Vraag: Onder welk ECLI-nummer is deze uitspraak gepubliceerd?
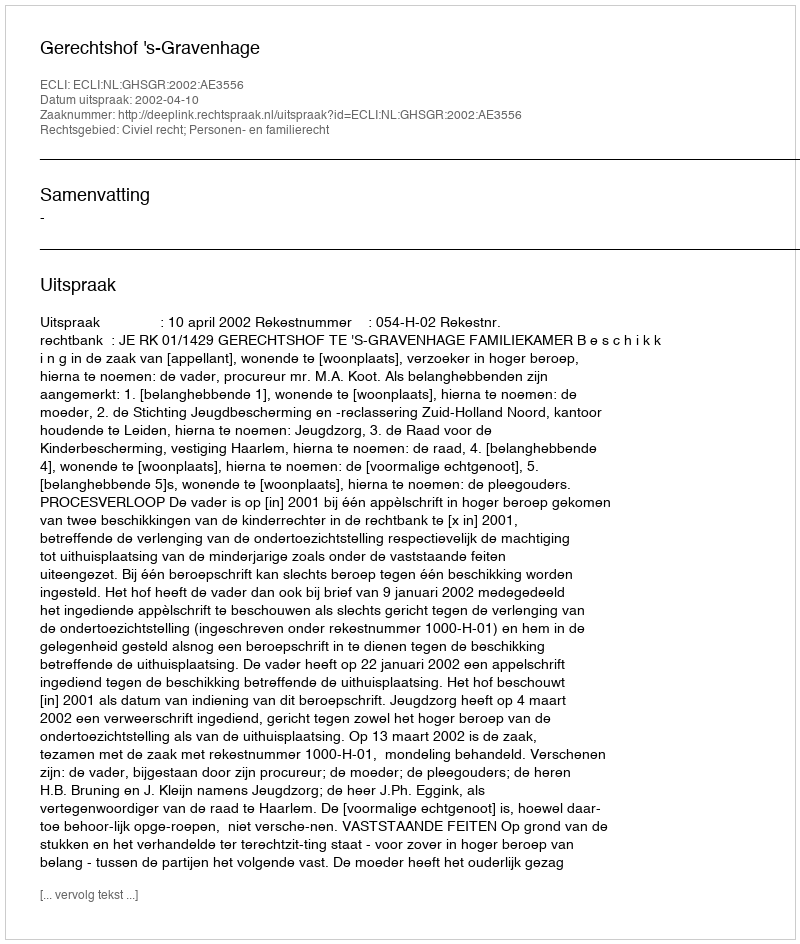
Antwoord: ECLI:NL:GHSGR:2002:AE3556